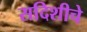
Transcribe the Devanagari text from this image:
सदिशीचे